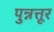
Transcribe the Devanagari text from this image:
पुन्नत्तूर